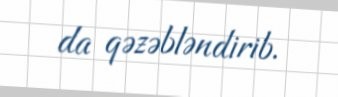
da qəzəbləndirib.